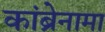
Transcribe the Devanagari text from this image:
कांब्रेनामा